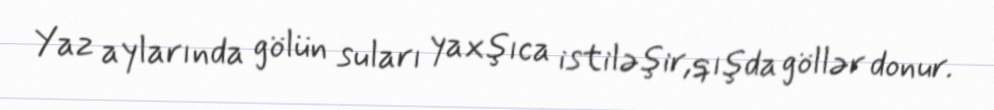
Yaz aylarında gölün suları yaxşıca istiləşir,qışda göllər donur.